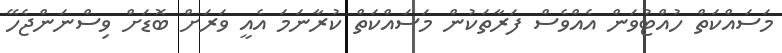
މަސައްކަތް ހުއްޓުވަން އެއްވެސް ފަރާތަކުން މަސައްކަތް ކުރާނަމަ އެއީ ވަރަށް ބޮޑަށް ވިސްނަންޖެހޭ